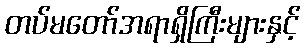
တပ်မတော်အရာရှိကြီးများနှင့်